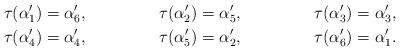
LaTeX: \begin{align*}\tau(\alpha'_1) &= \alpha'_6,&\tau(\alpha'_2) &= \alpha'_5,&\tau(\alpha'_3) &= \alpha'_3,\\\tau(\alpha'_4) &= \alpha'_4,&\tau(\alpha'_5) &= \alpha'_2,&\tau(\alpha'_6) &= \alpha'_1.\end{align*}